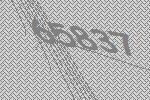
65837